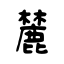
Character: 麓